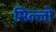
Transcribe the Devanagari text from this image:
मिल्लो